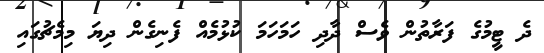
ދެ ޓީމުގެ ފަރާތުން ވެސް ދާދި ހަމަހަމަ ކުޅުމެއް ފެނިގެން ދިޔަ މިމެޗުގައި